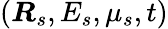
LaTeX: (\boldsymbol{R}_{s},E_{s},\mu_{s},t)